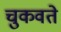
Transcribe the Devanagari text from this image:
चुकवते